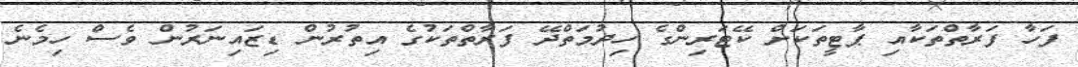
ފަހާ ފަރާތްތަކާއި ޕާޓީތަކަށް ކޭޓަރިންގެ ހިދުމަތްދޭ ފަރާތްތަކުގެ އިތުރުން ޑިޒައިނަރުން ވެސް ހިމެނެ